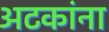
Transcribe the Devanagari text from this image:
अटकांना